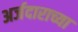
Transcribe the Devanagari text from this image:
अर्जदाराच्या